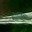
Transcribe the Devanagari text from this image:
शोकाकुच्या